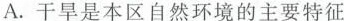
A.干旱是本区自然环境的主要特征